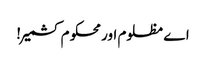
اے مظلوم اور محکوم کشمیر!